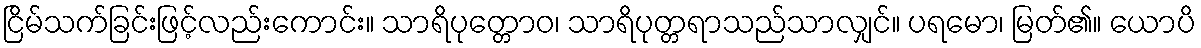
ငြိမ်သက်ခြင်းဖြင့်လည်းကောင်း။ သာရိပုတ္တောဝ၊ သာရိပုတ္တရာသည်သာလျှင်။ ပရမော၊ မြတ်၏။ ယောပိ